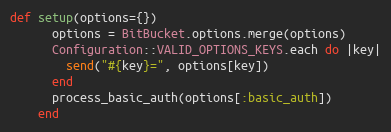
Language: Ruby
def setup(options={})
      options = BitBucket.options.merge(options)
      Configuration::VALID_OPTIONS_KEYS.each do |key|
        send("#{key}=", options[key])
      end
      process_basic_auth(options[:basic_auth])
    end